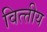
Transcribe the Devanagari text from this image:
वित्त्तीय